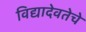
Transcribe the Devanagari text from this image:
विद्यादेवतेचे